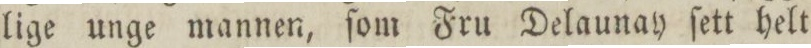
lige unge mannen, ſom Fru Delaunay ſett helt